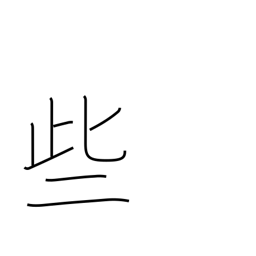
Meaning: sometimes